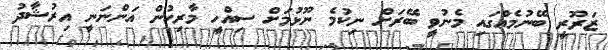
ޒަރޫރީ ބޭނުމެއްގައި މެނުވީ ބޭރަށް ނިކުމެ ނޫޅުމަށް ސިއްހީ މާރިހުން އަންނަނީ އިރުޝާދު